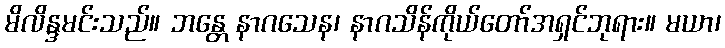
မိလိန္ဒမင်းသည်။ ဘန္တေ နာဂသေန၊ နာဂသိန်ကိုယ်တော်အရှင်ဘုရား။ မယာ၊